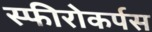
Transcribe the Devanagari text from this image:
स्फीरोकर्पस